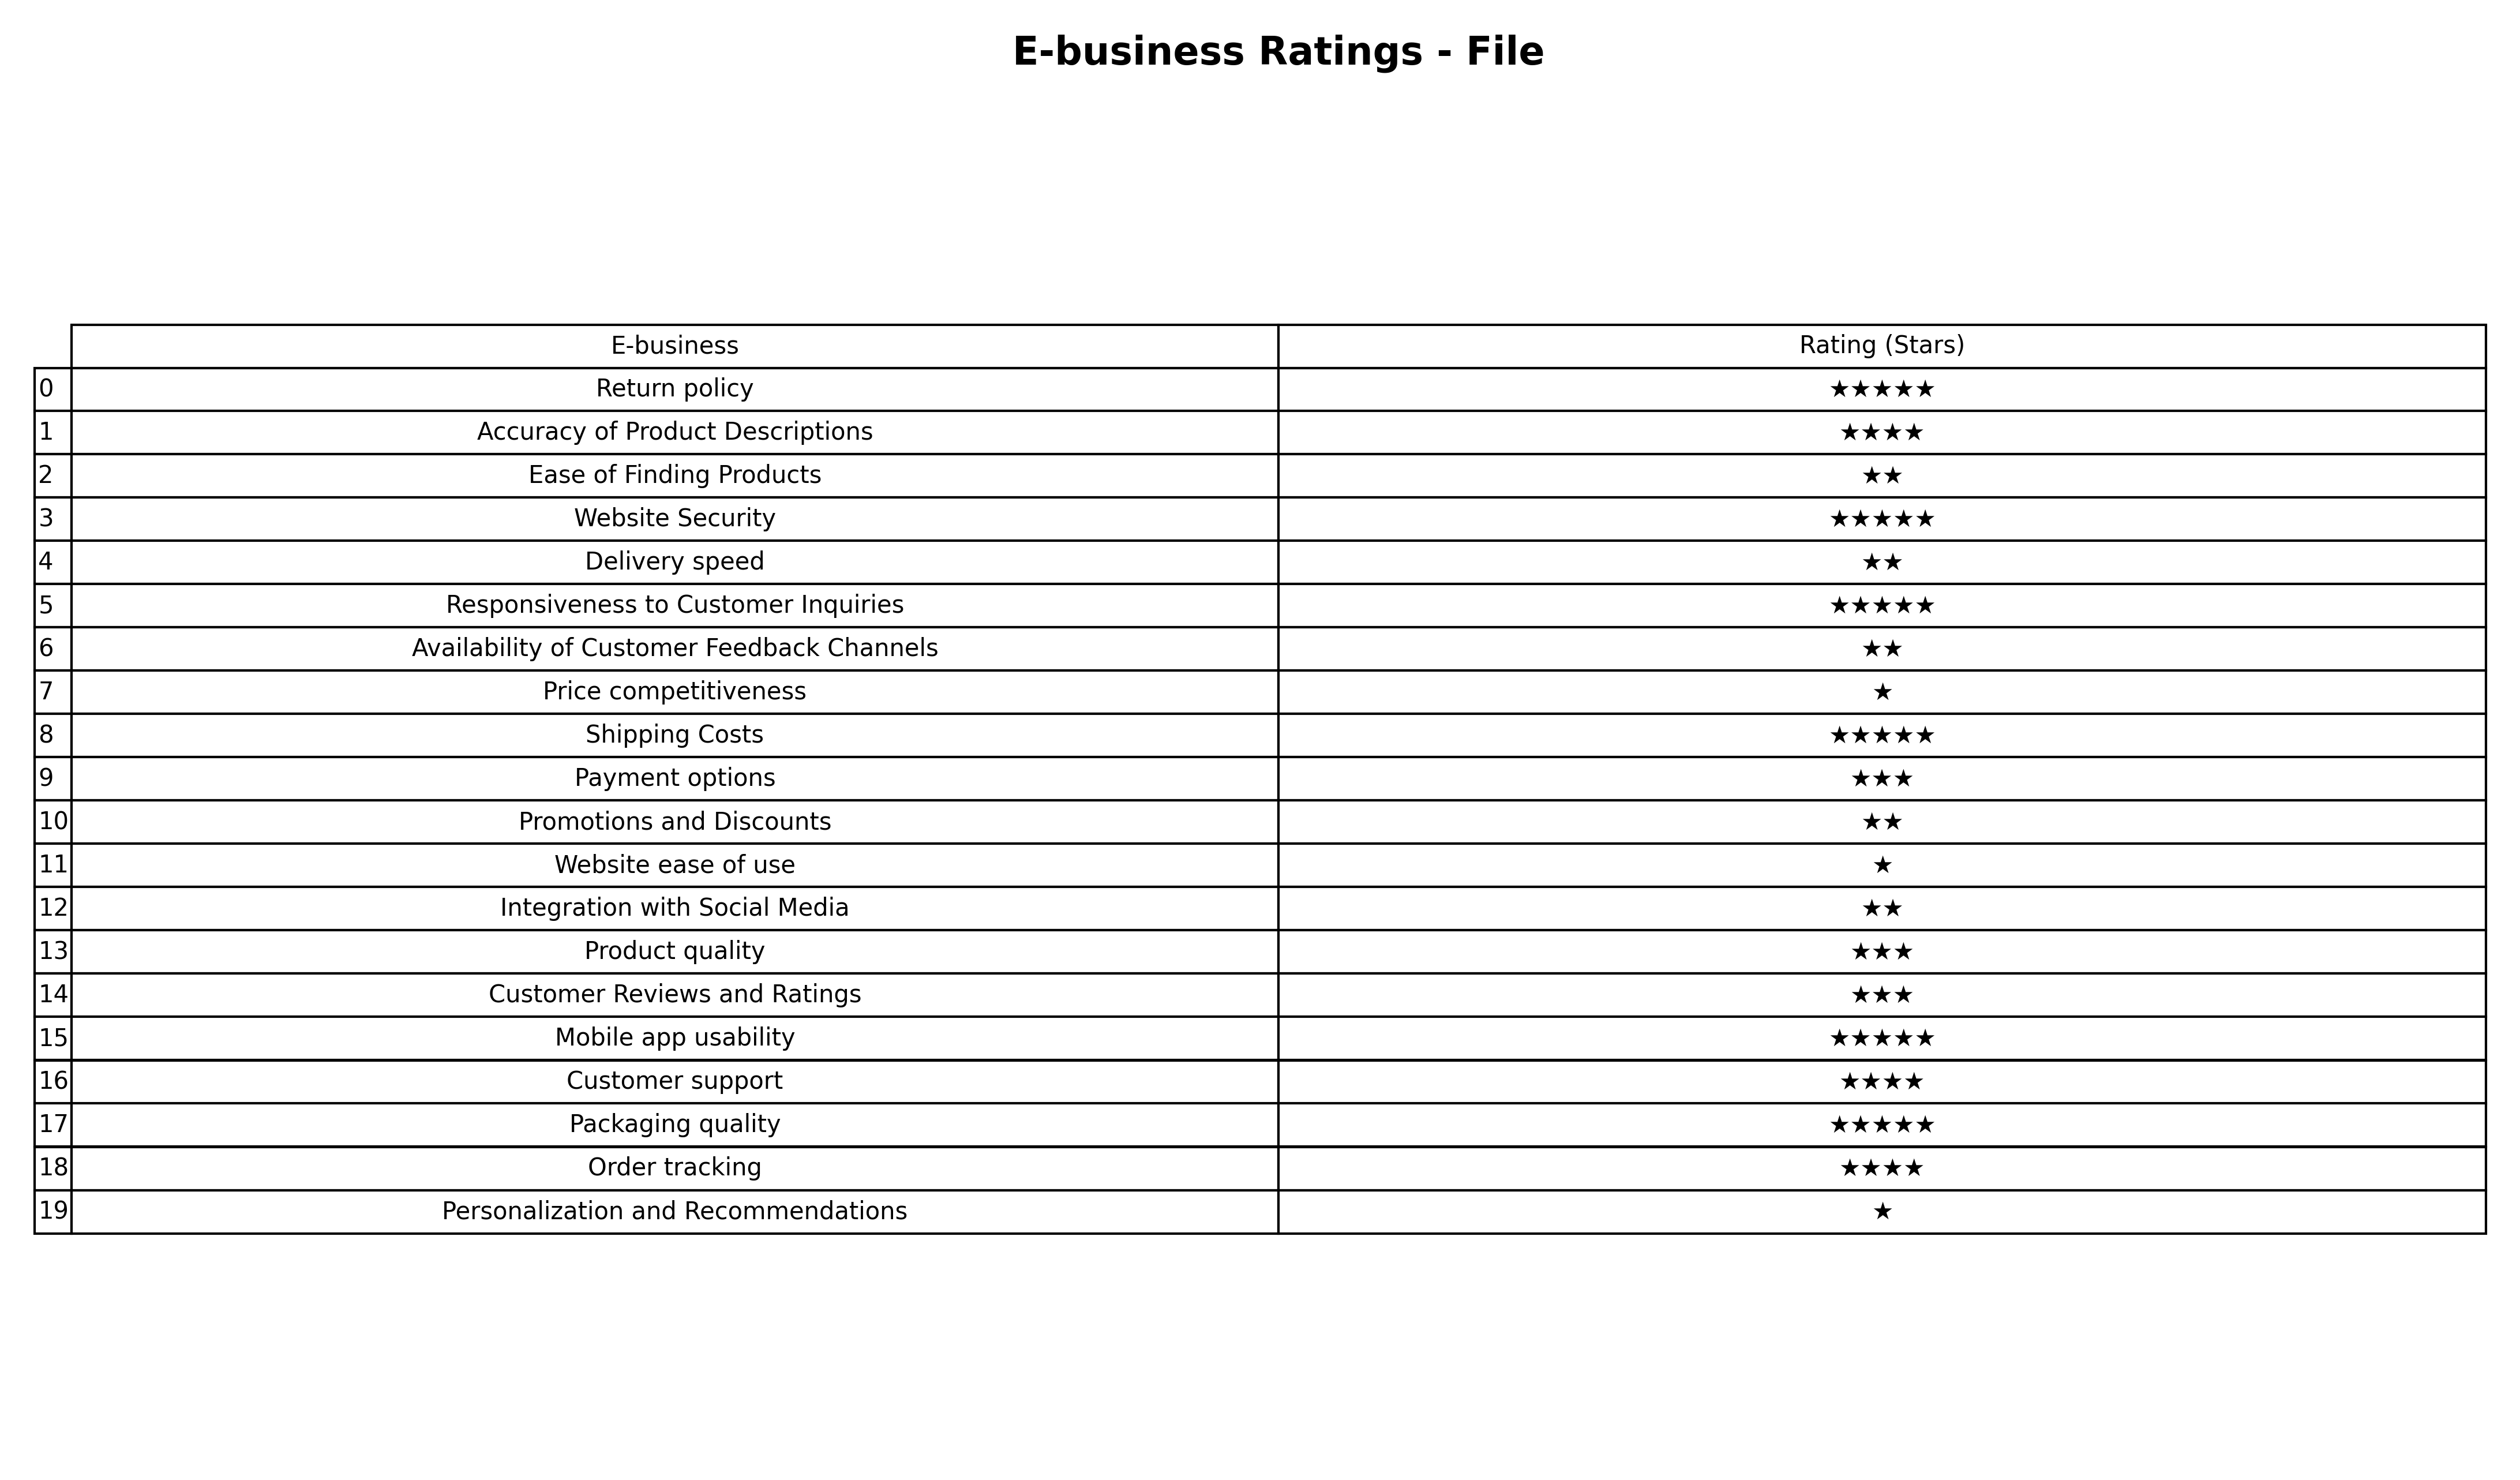
question: What is the rating of Website ease of use?
answer: ★